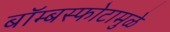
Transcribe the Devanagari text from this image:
बॉम्बस्फोटामुळे